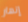
إنهار